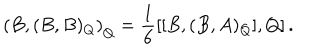
\left( B , ( B , B ) _ { Q } \right) _ { Q } = \frac { 1 } { 6 } \left[ [ B , ( B , A ) _ { Q } ] , Q \right] .